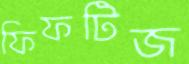
ফিফটিজ